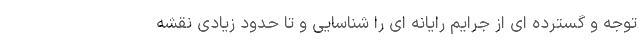
توجه و گسترده ای از جرایم رایانه ای را شناسایی و تا حدود زیادی نقشه